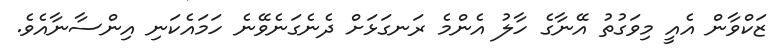
ޒަކްވާން އެއީ މިވަގުތު އޭނާގެ ހާލު އެންމެ ރަނގަޅަށް ދެނެގަނެވޭނެ ހަމައެކަނި އިންސާނާއެވެ.